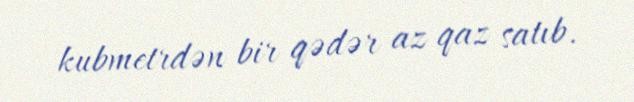
kubmetrdən bir qədər az qaz satıb.